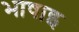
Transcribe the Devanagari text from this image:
भाषाइ